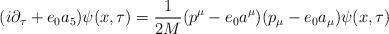
LaTeX: \begin{align*}(i \partial_{\tau} +e_{0}a_{5})\psi(x,\tau)=\frac{1}{2M}(p^{\mu}-e_{0}a^{\mu})(p_{\mu}-e_{0}a_{\mu})\psi(x,\tau)\end{align*}